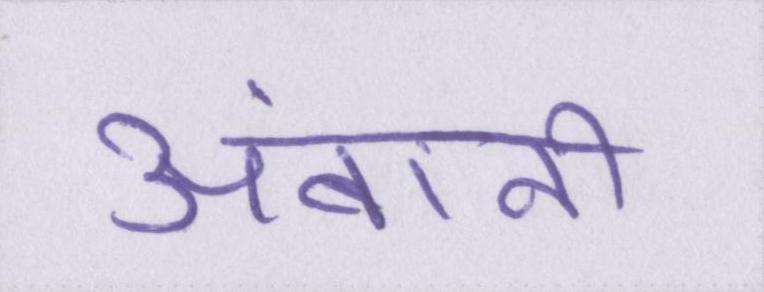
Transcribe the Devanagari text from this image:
अंबानी